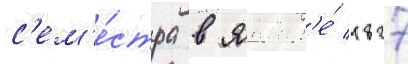
с'ем'е́стра в январ'е́ 1827